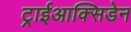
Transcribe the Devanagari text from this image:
ट्राईआक्सिडेन